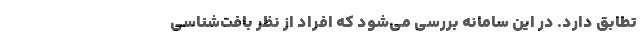
تطابق دارد. در این سامانه بررسی می‌شود که افراد از نظر بافت‌شناسی